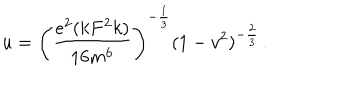
LaTeX: u = \left( \frac { e ^ { 2 } ( k F ^ { 2 } k ) } { 1 6 m ^ { 6 } } \right) ^ { - \frac { 1 } { 3 } } ( 1 - v ^ { 2 } ) ^ { - \frac { 2 } { 3 } } \, .